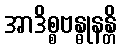
အာဒိစ္စဗန္ဓုနန္တိ